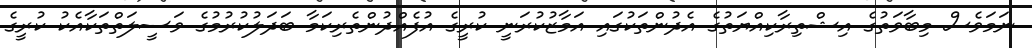
ނަމަވެސް މިބާވަތުގެ އިޝްތިރާކިއްޔަތުގެ އެދުންތަކުގައި އަމާޒުކުރަނީ ކުރީގެ އުފެއްދުންތެރިކަމާ ބަދަލުކުރުމުގެ ވަސީލަތްތަކާއެކު ކުރީގެ